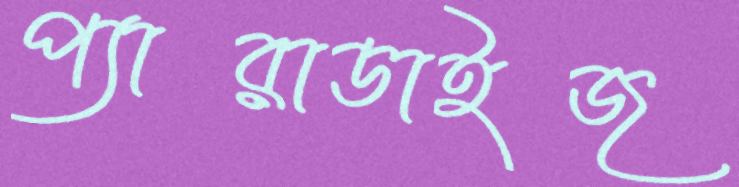
প্যারাডাইজ